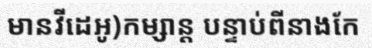
មានវីដេអូ)កម្សាន្ត បន្ទាប់ពីនាងកែ